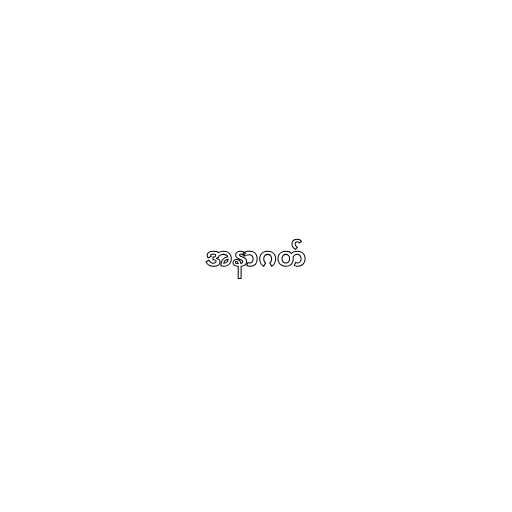
အနာဂတ်